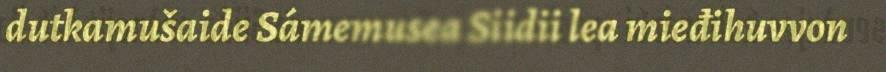
dutkamušaide Sámemusea Siidii lea mieđihuvvon